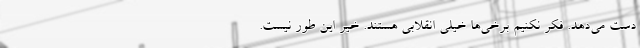
دست می‌دهد. فکر نکنیم برخی‌ها خیلی انقلابی هستند. خیر این طور نیست.